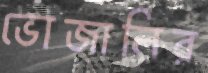
ভোজালির